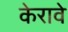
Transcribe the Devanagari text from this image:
केरावे